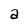
Character: a